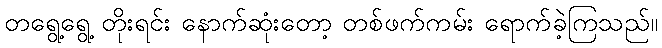
တရွေ့ရွေ့ တိုးရင်း နောက်ဆုံးတော့ တစ်ဖက်ကမ်း ရောက်ခဲ့ကြသည်။